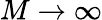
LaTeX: M\rightarrow\infty